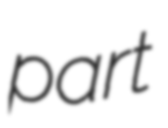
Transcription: part